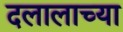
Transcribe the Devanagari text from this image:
दलालाच्या